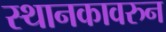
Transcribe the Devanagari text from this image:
स्थानकावरुन